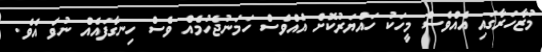
މުޒާހަރާގައި އެއްވެސް މީހަކު ހައްޔަރުކޮށް އެއްވެސް ހަމަނުޖެހުމެއް ވެސް ހިނގާފައެއް ނުވެ އެވެ.